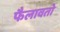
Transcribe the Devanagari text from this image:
फैलावतो